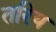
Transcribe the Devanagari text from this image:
तरिय